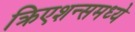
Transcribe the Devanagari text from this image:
क्रिएशन्समध्ये